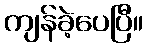
ကျန်ခဲ့ပေပြီ။